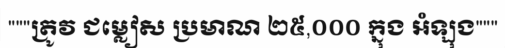
"""ត្រូវ ជម្លៀស ប្រមាណ ២៥,០០០ ក្នុង អំឡុង"""